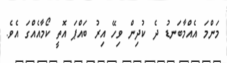
މަންމަ އެއްމާބަނޑު ދެ ކުދިން ވިހޭ އިރު ބައްޕަ އޮތީ ކޯމާއެއްގަ އެވެ.